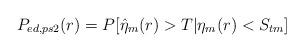
\begin{align*}P_{ed, ps2}(r)=P[\hat{\eta}_m(r)>T|\eta_m(r)<S_{tm}]\end{align*}